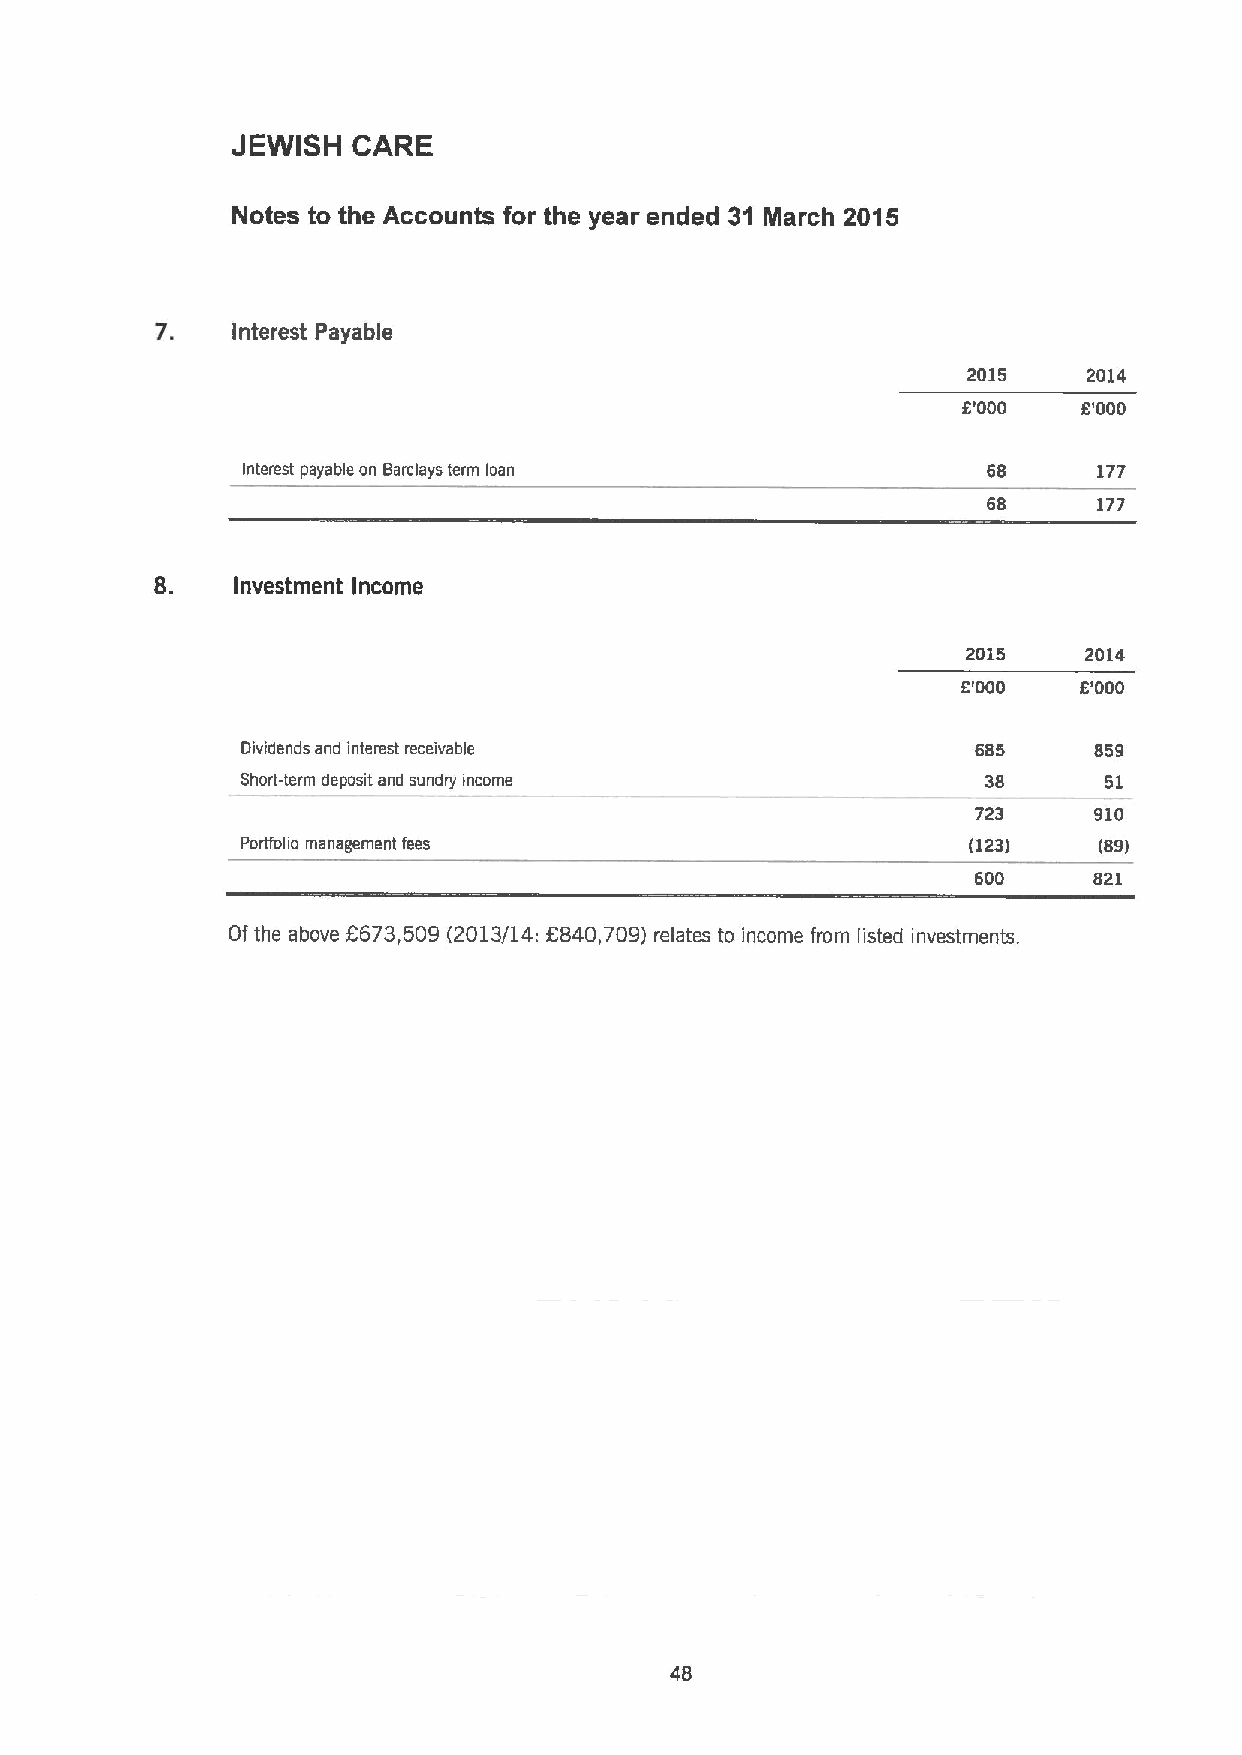
JEWISH  CARE
 Notes to the Accounts for the year ended 31 March 2015
 7.
 Interest Payable
 2015    2014
 6'000   6'000
 Interest payable on earclays term loan           68      177
 68      177
 8.
 Investment Income
 2015    2014
 6'000   6'000
 Dividends and interest receivable                685    859
 Short-term deposit and sundry income             38      51
 723    910
 Porffoho management fees                        (123)    (89)
 600    821
 Of the above 6673,509 (2013/14: 8840,709) relates to income from listed investments.
 48